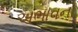
અભાવનો